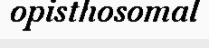
opisthosomal